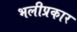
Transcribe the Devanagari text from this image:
भलीप्रकार